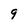
Character: 9